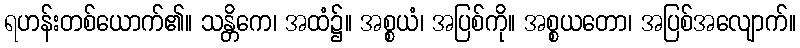
ရဟန်းတစ်ယောက်၏။ သန္တိကေ၊ အထံ၌။ အစ္စယံ၊ အပြစ်ကို။ အစ္စယတော၊ အပြစ်အလျောက်။